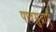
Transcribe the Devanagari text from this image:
पादमुद्राएँ